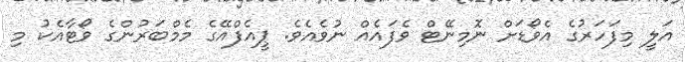
އަލީ މިފަހަރުގެ އެވޯޑަށް ނޮމިނޭޓް ވެފައެއް ނުވެއެވެ. ޕީއެފްއޭގެ މެމްބަރުންގެ ވޯޓާއެކު މި